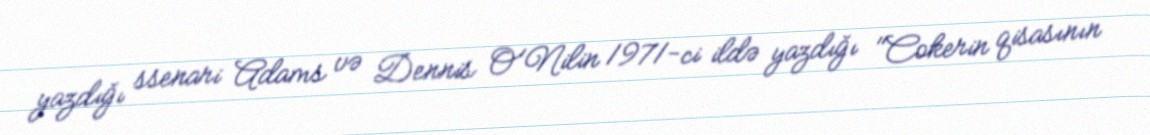
yazdığı ssenari Adams və Dennis O'Nilin 1971-ci ildə yazdığı "Cokerin qisasının